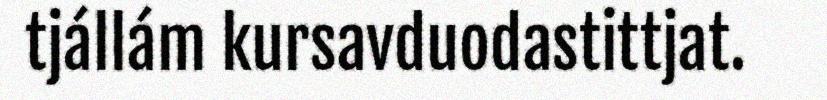
tjállám kursavduodastittjat.